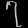
Digit: ၇